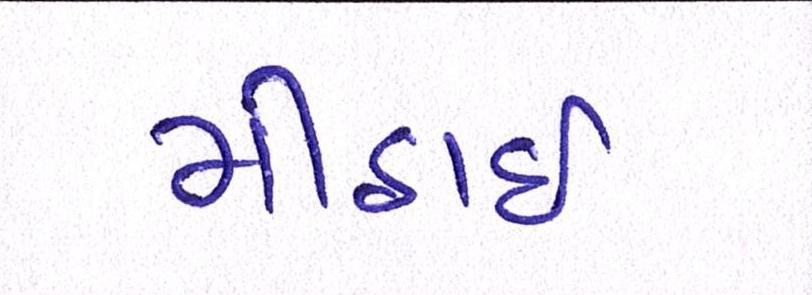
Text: મીઠાઈ